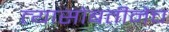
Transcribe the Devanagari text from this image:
त्यासोबतीनेच